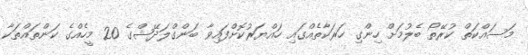
މަސައްކަތް ކުރޭތޯ ބެލުމަށް ހިންގި ހަރަކާތެއްގައި ހައްޔަރުކޮށްފައިވާ ބަންގްލަދޭޝްގެ 20 މީހެއްގެ ކަންތައްތަކާ